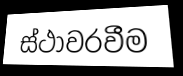
ස්ථාවරවීම